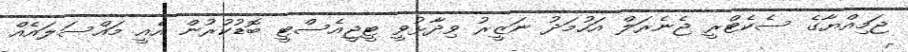
ޖަމިއްޔާގެ ސެކެޓްރީ ޖެނެރަލް އަހުމަދު ނަޒީރު ވިދާޅުވީ ޓީޖީއެސްޓީ ބޮޑުކުރުން އެއީ މައްސަލައެއް